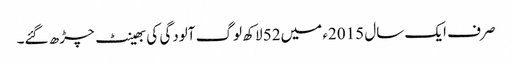
صرف ایک سال 2015ء میں52 لاکھ لوگ آلودگی کی بھینٹ چڑھ گئے۔